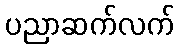
ပညာဆက်လက်